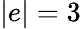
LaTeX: |e|=3